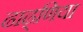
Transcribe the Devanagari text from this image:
ढाढ्णिया